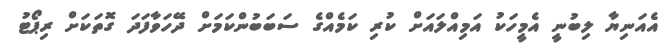
އެއަނިޔާ ލިބުނީ އެމީހަކު އަމިއްލައަށް ކުރި ކަމެއްގެ ސަބަބުންކަމަށް ދޭހަވާފަދަ ގޮތަކަށް ރިޕޯޓު